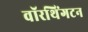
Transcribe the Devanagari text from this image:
वॉरथिंगटन